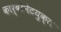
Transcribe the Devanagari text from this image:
कार्बोनेटयुक्त